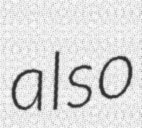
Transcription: also